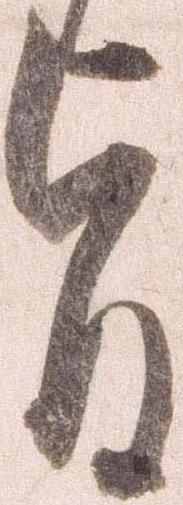
旨